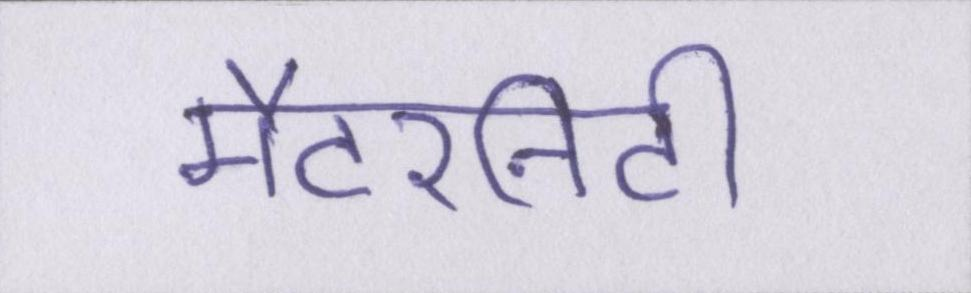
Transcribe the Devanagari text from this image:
मैटरनिटी